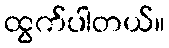
ထွက်ပါတယ်။